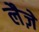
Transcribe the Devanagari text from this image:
लैज़े